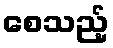
စေသည့်